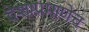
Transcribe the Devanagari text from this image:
देशाप्रमाणेच